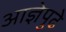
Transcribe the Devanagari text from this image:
आज्ञेपुढे